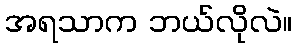
အရသာက ဘယ်လိုလဲ။